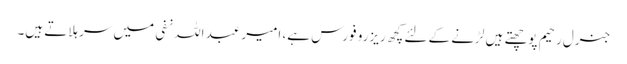
جنرل رحیم پوچھتے ہیں لڑنے کے لئے کچھ ریزرو فورس ہے، امیر عبد اللہ نفی میں سر ہلاتے ہیں۔